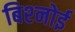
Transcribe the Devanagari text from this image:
बिश्‍नोई